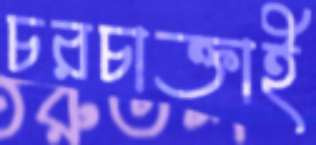
চরচাক্তাই